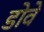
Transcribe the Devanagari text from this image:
डोवे